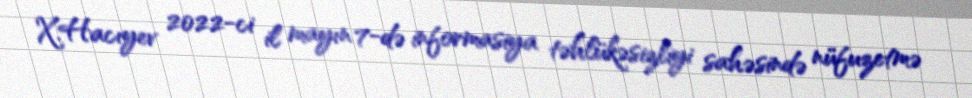
X.Hacıyev 2022-ci il mayın 7-də informasiya təhlükəsizliyi sahəsində nüfuzetmə